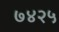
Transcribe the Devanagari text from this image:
७४२५